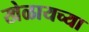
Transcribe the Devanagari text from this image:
खेळायच्या